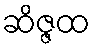
ဆိဇ္ဇထ